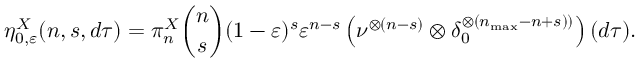
\eta _ { 0 , \varepsilon } ^ { X } ( n , s , d \tau ) = \pi _ { n } ^ { X } \binom { n } { s } ( 1 - \varepsilon ) ^ { s } \varepsilon ^ { n - s } \left( \nu ^ { \otimes ( n - s ) } \otimes \delta _ { 0 } ^ { \otimes \left( n _ { \operatorname* { m a x } } - n + s ) \right) } \right) ( d \tau ) .